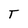
Character: T